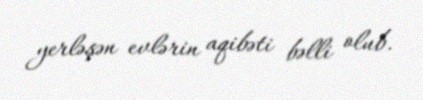
yerləşən evlərin aqibəti bəlli olub.